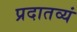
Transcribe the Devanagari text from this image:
प्रदातव्यं